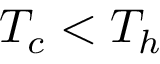
T _ { c } < T _ { h }